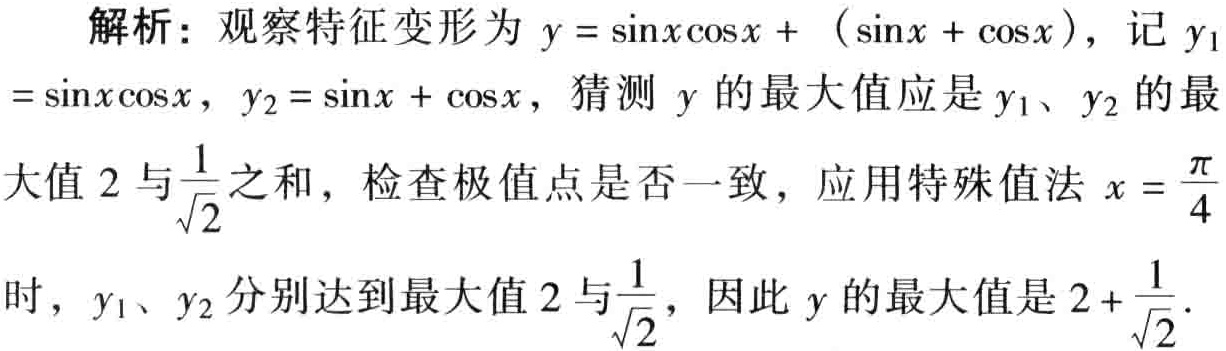
解析：观察特征变形为 \(y = \sin x\cos x + (\sin x + \cos x)\)，记 \(y_1\)
\(= \sin x\cos x\)，\(y_2 = \sin x + \cos x\)，猜测 \(y\) 的最大值应是 \(y_1\)、\(y_2\) 的最
大值 \(2\) 与\(\frac{1}{\sqrt{2}}\)之和，检查极值点是否一致，应用特殊值法 \(x = \frac{\pi}{4}\)
时，\(y_1\)、\(y_2\) 分别达到最大值 \(2\) 与\(\frac{1}{\sqrt{2}}\)，因此 \(y\) 的最大值是 \(2 + \frac{1}{\sqrt{2}}\)．